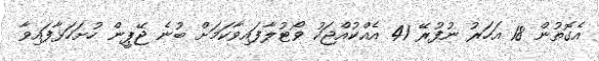
އެގޮތުން 18 އަހަރު ނުފުރޭ 41 އެއްކުއްޖަކު ވޯޓުލާފައިވާކަމަށް ބުނެ ޖޭޕީން ހުށަހަޅާފައިވާ